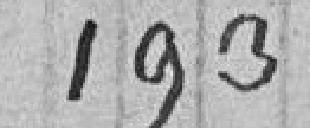
193 francs